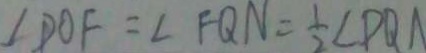
\angle D O F = \angle F Q N = \frac { 1 } { 2 } \angle D Q A